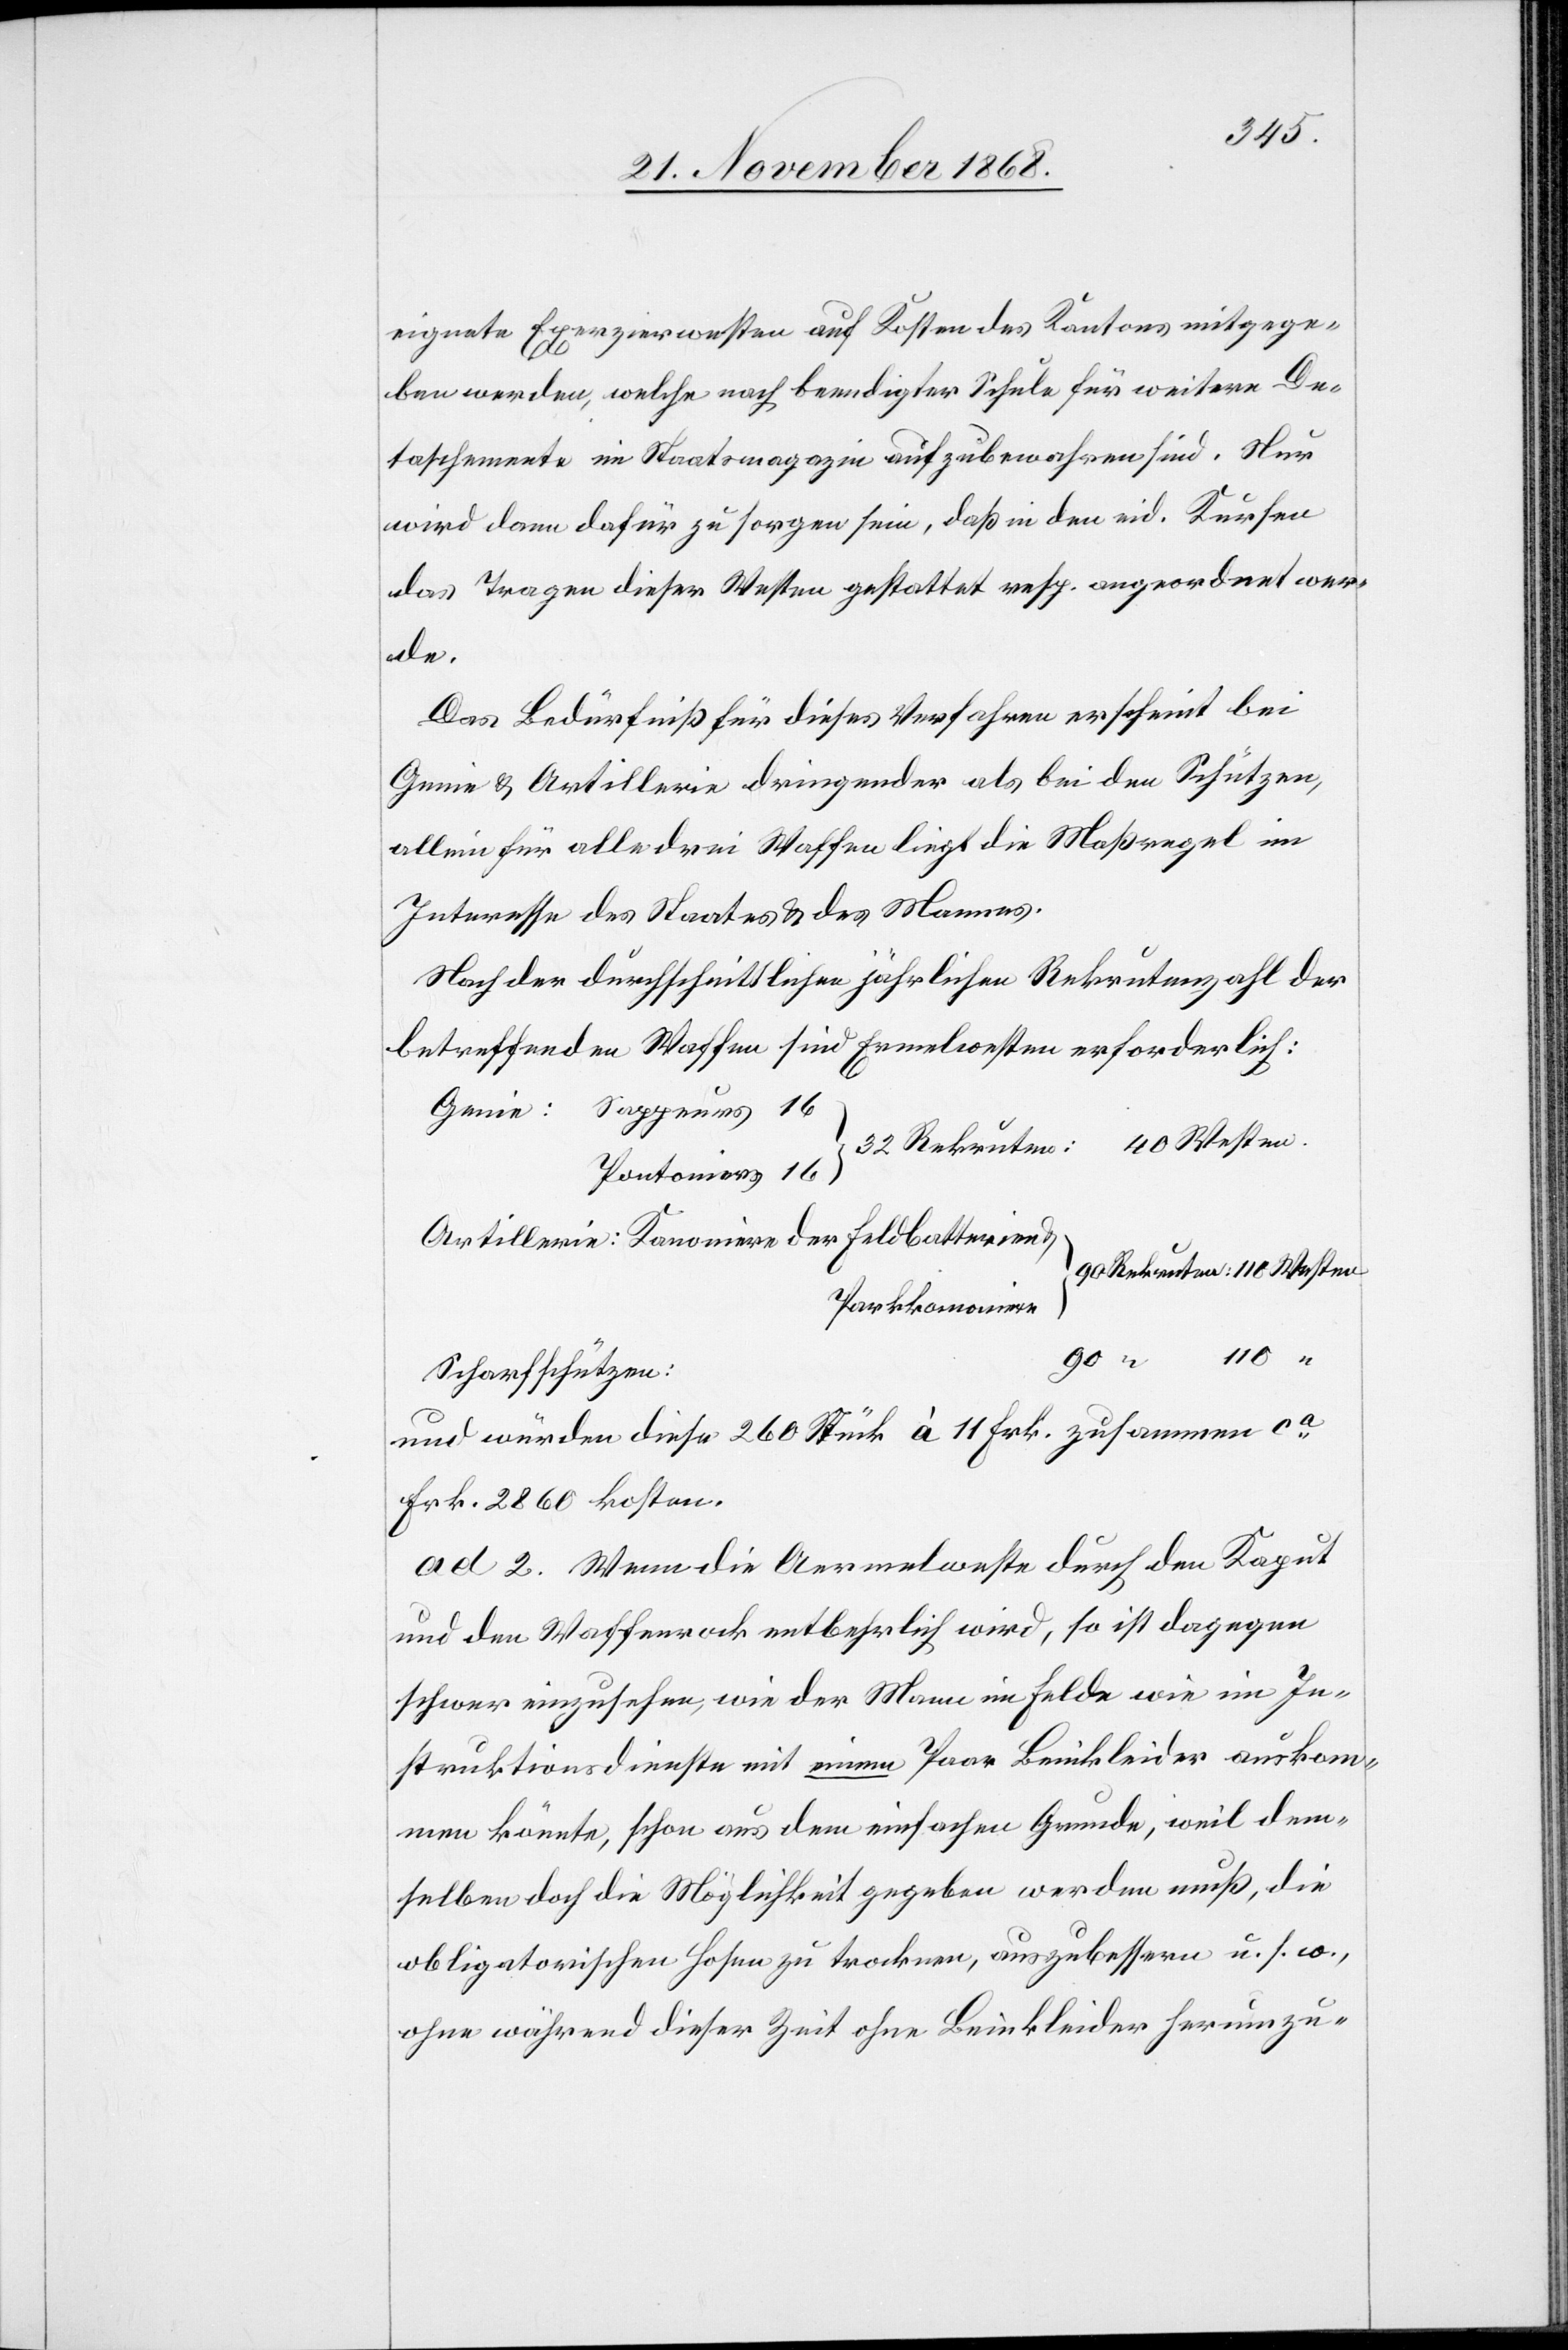
110
eignete Exerzierwesten auf Kosten des Kantons mitgege¬
ben werden, welche nach beendigter Schule für weitere De¬
taschemente im Staatsmagazin aufzubewahren sind. Nur
wird dann dafür zu sorgen sein, daß in den eid. Kursen
das Tragen dieser Westen gestattet resp. angeordnet wer¬
der
Das Bedürfniß für dieses Verfahren erscheint bei
Genie & Artillerie dringender als bei den Schützen,
allein für alle drei Waffen liegt die Maßregel im
Interesse des Staates & des Mannes.
Nach der durchschnittlichen jährlichen Rekrutenzahl der
betreffenden Waffen sind Ermelwesten [sic!] erforderlich:
Pontoniers
Parkkanoniere
Scharfschützen:
und würden diese 260 Stück à 11 Frk. zusammen ca
Frk. 2860 kosten.
ad 2. Wenn die Aermelweste durch den Kaput
und den Waffenrock entbehrlich wird, so ist dagegen
schwer einzusehen, wie der Mann im Felde wie im In¬
struktionsdienste mit einem Paar Beinkleider auskom¬
men könnte, schon aus dem einfachen Grunde, weil dem¬
selben doch die Möglichkeit gegeben werden muß, die
obligatorischen Hosen zu trocknen, auszubessern u. s. w.,
ohne während dieser Zeit ohne Beinkleider herumzu-